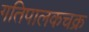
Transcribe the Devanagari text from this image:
गतिपालकचक्र